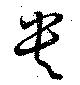
貴